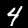
Label: 4